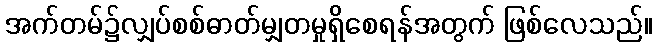
အက်တမ်၌လျှပ်စစ်ဓာတ်မျှတမှုရှိစေရန်အတွက် ဖြစ်လေသည်။